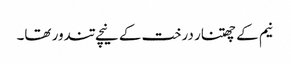
نیم کے چھتنار درخت کے نیچے تندور تھا۔